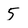
Character: 5